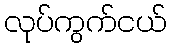
လုပ်ကွက်ငယ်